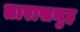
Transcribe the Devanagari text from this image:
तारासमुह